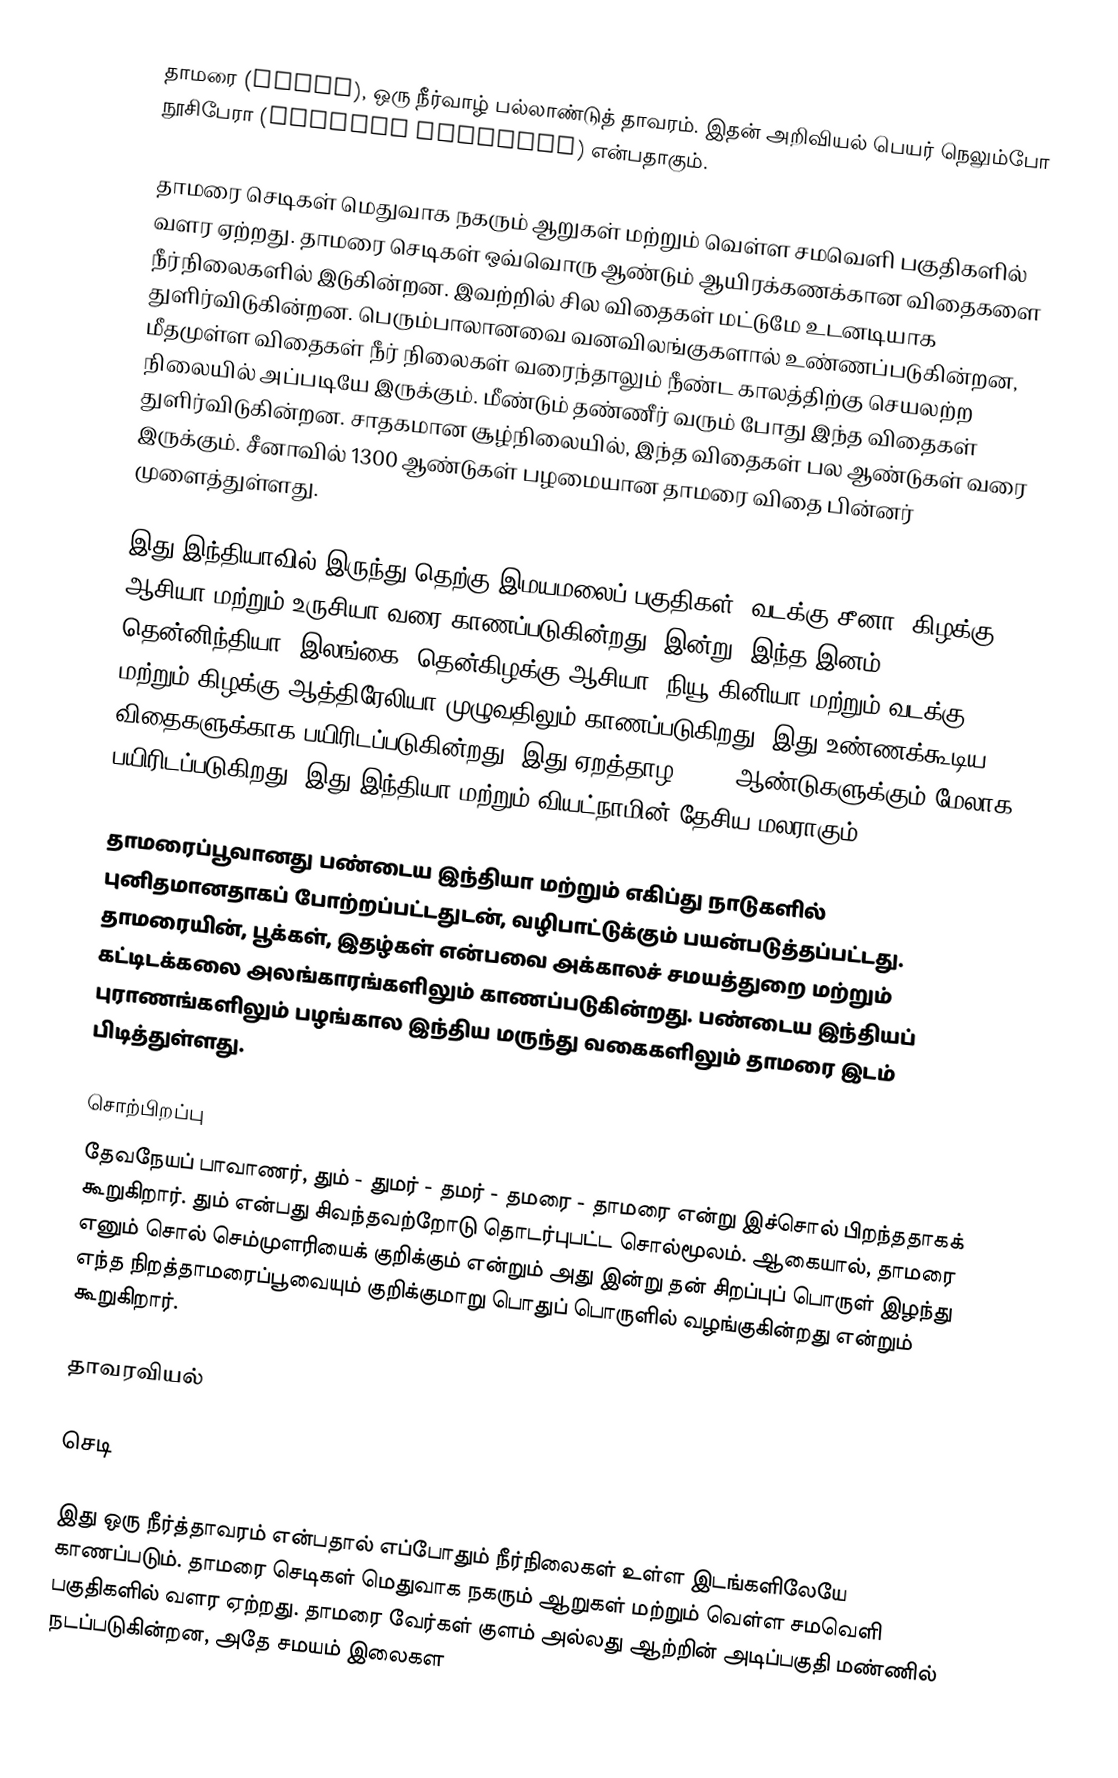
தாமரை (lotus), ஒரு நீர்வாழ் பல்லாண்டுத் தாவரம். இதன் அறிவியல் பெயர் நெலும்போ நூசிபேரா (Nelumbo nucifera) என்பதாகும்.

தாமரை செடிகள் மெதுவாக நகரும் ஆறுகள் மற்றும் வெள்ள சமவெளி பகுதிகளில் வளர ஏற்றது. தாமரை செடிகள் ஒவ்வொரு ஆண்டும் ஆயிரக்கணக்கான விதைகளை நீர்நிலைகளில் இடுகின்றன. இவற்றில் சில விதைகள் மட்டுமே உடனடியாக துளிர்விடுகின்றன. பெரும்பாலானவை வனவிலங்குகளால் உண்ணப்படுகின்றன, மீதமுள்ள விதைகள் நீர் நிலைகள் வரைந்தாலும் நீண்ட காலத்திற்கு செயலற்ற நிலையில் அப்படியே இருக்கும். மீண்டும் தண்ணீர் வரும் போது இந்த விதைகள் துளிர்விடுகின்றன. சாதகமான சூழ்நிலையில், இந்த விதைகள் பல ஆண்டுகள் வரை இருக்கும். சீனாவில் 1300 ஆண்டுகள் பழமையான தாமரை விதை பின்னர் முளைத்துள்ளது.

இது இந்தியாவில் இருந்து தெற்கு இமயமலைப் பகுதிகள், வடக்கு சீனா, கிழக்கு ஆசியா மற்றும் உருசியா வரை காணப்படுகின்றது. இன்று, இந்த இனம் தென்னிந்தியா, இலங்கை, தென்கிழக்கு ஆசியா, நியூ கினியா மற்றும் வடக்கு மற்றும் கிழக்கு ஆத்திரேலியா முழுவதிலும் காணப்படுகிறது. இது உண்ணக்கூடிய விதைகளுக்காக பயிரிடப்படுகின்றது. இது ஏறத்தாழ 3,000 ஆண்டுகளுக்கும் மேலாக பயிரிடப்படுகிறது. இது இந்தியா மற்றும் வியட்நாமின் தேசிய மலராகும் .

தாமரைப்பூவானது பண்டைய இந்தியா மற்றும் எகிப்து நாடுகளில் புனிதமானதாகப் போற்றப்பட்டதுடன், வழிபாட்டுக்கும் பயன்படுத்தப்பட்டது. தாமரையின், பூக்கள், இதழ்கள் என்பவை அக்காலச் சமயத்துறை மற்றும் கட்டிடக்கலை அலங்காரங்களிலும் காணப்படுகின்றது. பண்டைய இந்தியப் புராணங்களிலும் பழங்கால இந்திய மருந்து வகைகளிலும் தாமரை இடம் பிடித்துள்ளது.

சொற்பிறப்பு
தேவநேயப் பாவாணர், தும் - துமர் - தமர் - தமரை - தாமரை என்று இச்சொல் பிறந்ததாகக் கூறுகிறார். தும் என்பது சிவந்தவற்றோடு தொடர்புபட்ட சொல்மூலம். ஆகையால், தாமரை எனும் சொல் செம்முளரியைக் குறிக்கும் என்றும் அது இன்று தன் சிறப்புப் பொருள் இழந்து எந்த நிறத்தாமரைப்பூவையும் குறிக்குமாறு பொதுப் பொருளில் வழங்குகின்றது என்றும் கூறுகிறார்.

தாவரவியல்

செடி

இது ஒரு நீர்த்தாவரம் என்பதால் எப்போதும் நீர்நிலைகள் உள்ள இடங்களிலேயே காணப்படும். தாமரை செடிகள் மெதுவாக நகரும் ஆறுகள் மற்றும் வெள்ள சமவெளி பகுதிகளில் வளர ஏற்றது. தாமரை வேர்கள் குளம் அல்லது ஆற்றின் அடிப்பகுதி மண்ணில் நடப்படுகின்றன, அதே சமயம் இலைகள